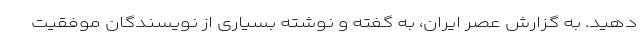
دهید. به گزارش عصر ایران، به گفته و نوشته بسیاری از نویسندگان موفقیت